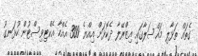
ގެތައް ތަޅާލި މައްސަލާގައި އިޒްރޭލާ ދެކޮޅަށް އިއްޔެ 300 އެއްހާ އެކްޓިވިސްޓުން ހުޅަނގު